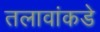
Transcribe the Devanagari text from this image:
तलावांकडे